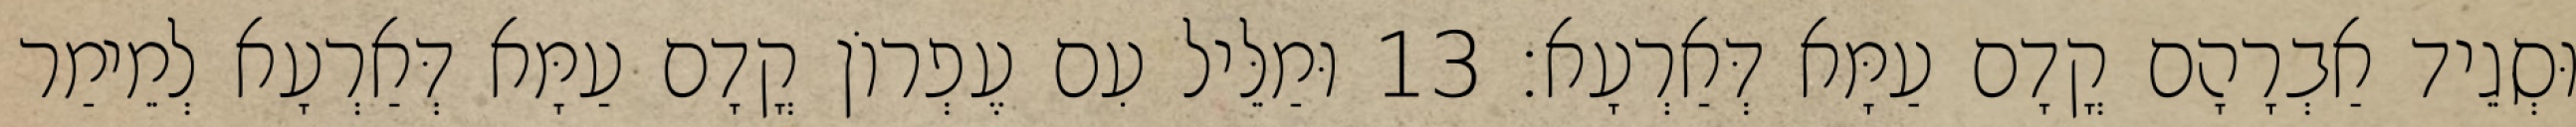
וּסְגֵיד אַבְרָהָם קֳדָם עַמָּא דְּאַרְעָא׃ 13 וּמַלֵּיל עִם עֶפְרוֹן קֳדָם עַמָּא דְּאַרְעָא לְמֵימַר